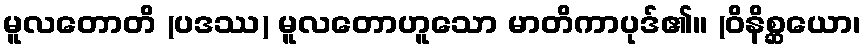
မူလတောတိ (ပဒဿ) မူလတောဟူသော မာတိကာပုဒ်၏။ (ဝိနိစ္ဆယော၊